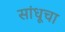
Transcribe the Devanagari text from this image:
सांधूचा